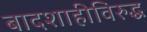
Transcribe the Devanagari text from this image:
बादशाहीविरुद्ध